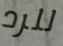
للرد